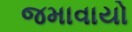
જમાવાયો